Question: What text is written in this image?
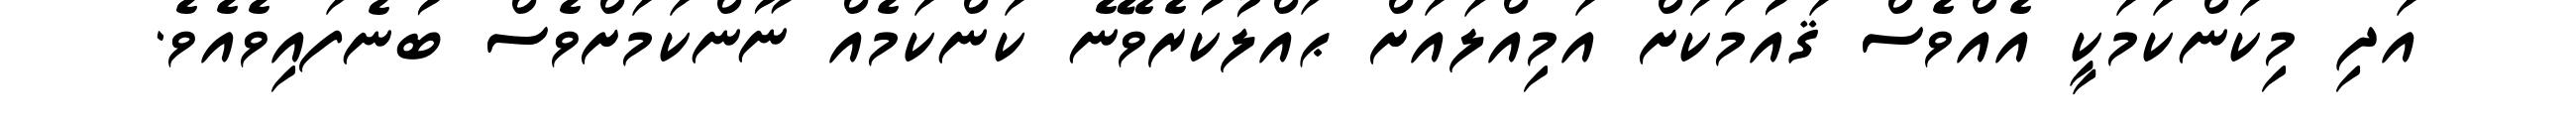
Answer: އަދި މިކަންކަމަކީ އެއްވެސް ޤައުމަކަށް އަމިއްލައަށް ޙައްލުކުރެވޭނެ ކަންކަމެއް ނޫންކަމަށްވެސް ބުނެފައިވެއެވެ.